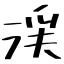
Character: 渓